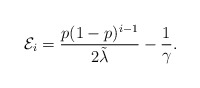
\begin{align*}\mathcal{E}_i=\frac{p(1-p)^{i-1}}{2\tilde{\lambda}}-\frac{1}{\gamma}.\end{align*}